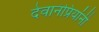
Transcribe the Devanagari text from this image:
देवानंप्रियांनी